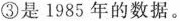
③是1985年的数据。